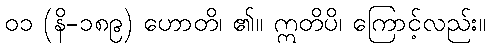
၀၁ (နိ-၁၈၉) ဟောတိ၊ ၏။ ဣတိပိ၊ ကြောင့်လည်း။